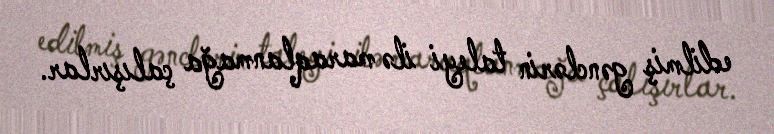
edilmiş gənclərin taleyi ilə maraqlanmağa çalışırlar.